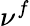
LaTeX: \nu^{f}